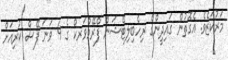
މަރުކަޒެވެ. އެގޮތުން ގައިދީންގެ ރިހެބިލިޓޭޝަން ފްރޭމްވަރކް ގެ 4 ވަނަ ފޭސް ކުރިއަށް